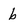
Character: b